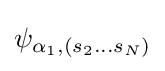
\psi _{\alpha _{1},(s_{2}...s_{N})}